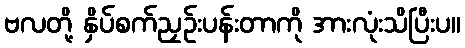
ဗလတို့ နှိပ်စက်ညှဉ်းပန်းတာကို အားလုံးသိပြီးပ။